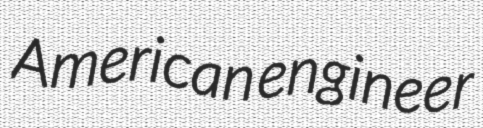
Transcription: American engineer